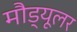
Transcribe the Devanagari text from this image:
मौड्यूलर